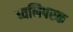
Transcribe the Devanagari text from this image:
ध्वनिपरक